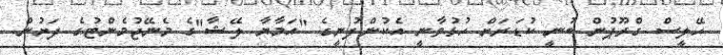
ހޭލީސް ގްރޫޕުން ބުނީ ކުޑަރަށް ހުޅުވާނީ އެކުންފުނީގެ "އަމާޔާ ލޭޝާ"ގެ މެނޭޖުމެންޓުގެ ދަށުން